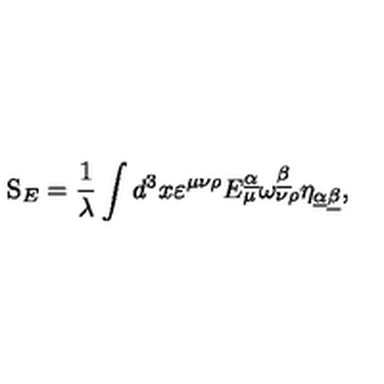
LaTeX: \mathrm { \sl S } _ { E } = { \frac { 1 } { \lambda } } \int d ^ { 3 } x \varepsilon ^ { \mu \nu \rho } E _ { \mu } ^ { \underline { { \alpha } } } \omega _ { \nu \rho } ^ { \underline { { \beta } } } \eta _ { \underline { { \alpha } } \underline { { \beta } } } ,